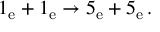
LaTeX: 1 _ { \mathrm { e } } + 1 _ { \mathrm { e } } \rightarrow 5 _ { \mathrm { e } } + 5 _ { \mathrm { e } } \, .